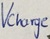
Text: Vcharge